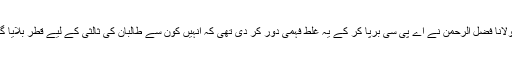
تب مولانا فضل الرحمن نے اے پی سی برپا کر کے یہ غلط فہمی دور کر دی تھی کہ انہیں کون سے طالبان کی ثالثی کے لیے قطر بلایا گیا تھا۔